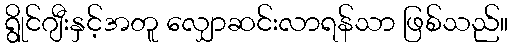
ရွိုင်ဂျီးနှင့်အတူ လျှောဆင်းလာရန်သာ ဖြစ်သည်။